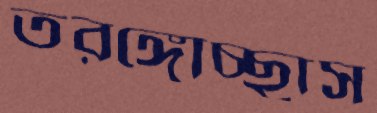
তরঙ্গোচ্ছ্বাস